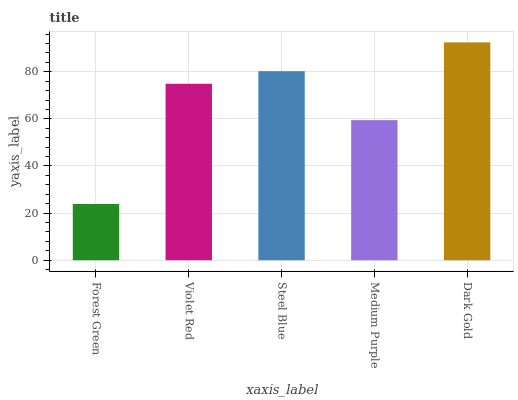
| xaxis_label | bars |
 | --- | --- |
 | Forest Green | 23.9 |
 | Violet Red | 74.9 |
 | Steel Blue | 80.2 |
 | Medium Purple | 59.5 |
 | Dark Gold | 92.5 |